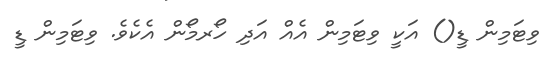
ވިޓަމިން ޑީ() އަކީ ވިޓަމިން އެއް އަދި ހޯރމޯން އެކެވެ. ވިޓަމިން ޑީ